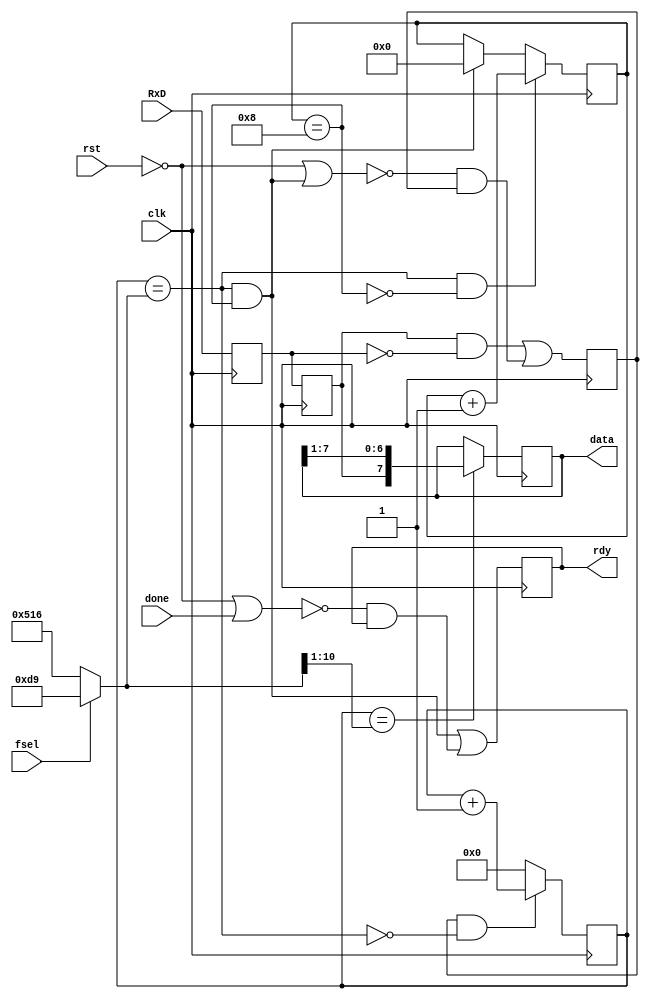
module RS232R(
    input clk, rst,
	 input RxD,
    input fsel,
    input done,   // "byte has been read"
    output rdy,
    output [7:0] data);

wire endtick, midtick, endbit;
wire [11:0] limit;
reg run, stat;
reg Q0, Q1;  // synchronizer and edge detector
reg [11:0] tick;
reg [3:0] bitcnt;
reg [7:0] shreg;

assign limit = fsel ? 217 : 1302;
assign endtick = tick == limit;
assign midtick = tick == {1'b0, limit[11:1]};  // limit/2
assign endbit = bitcnt == 8;
assign data = shreg;
assign rdy = stat;

always @ (posedge clk) begin
  Q0 <= RxD; Q1 <= Q0;
  run <= (Q1 & ~Q0) | ~(~rst | endtick & endbit) & run;
  tick <= (run & ~endtick) ? tick+1 : 0;
  bitcnt <= (endtick & ~endbit) ? bitcnt + 1 :
    (endtick & endbit) ? 0 : bitcnt;
  shreg <= midtick ? {Q1, shreg[7:1]} : shreg;
  stat <= (endtick & endbit) | ~(~rst | done) & stat;
end
endmodule